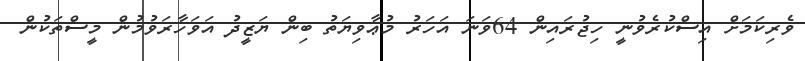
ވެރިކަމަށް އިސްކުރެވުނީ ހިޖުރައިން 64ވަނަ އަހަރު މުޢާވިޔަތު ބިން ޔަޒީދު އަވަހާރަވުމުން މީސްތަކުން